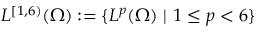
L ^ { [ 1 , 6 ) } ( \Omega ) : = \{ L ^ { p } ( \Omega ) \ | \ 1 \le p < 6 \}